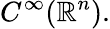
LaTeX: C^{\infty}(\mathbb{R}^{n}).